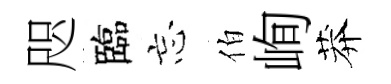
咫臨忘伯峋莽